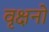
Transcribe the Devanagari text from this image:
वृक्षनो